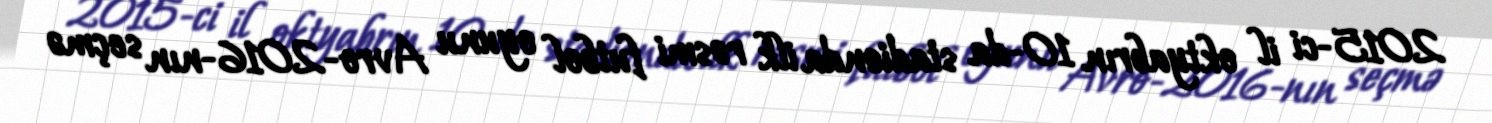
2015-ci il oktyabrın 10-da stadionda ilk rəsmi futbol oyunu Avro-2016-nın seçmə